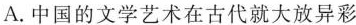
A.中国的文学艺术在古代就大放异彩